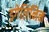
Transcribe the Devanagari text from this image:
इगेलिनिन